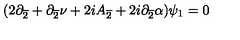
( 2 \partial _ { \overline { { 2 } } } + \partial _ { \overline { { 2 } } } \nu + 2 i A _ { \overline { { 2 } } } + 2 i \partial _ { \overline { { 2 } } } \alpha ) \psi _ { 1 } = 0